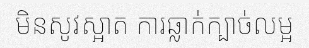
មិនសូវស្អាត ការឆ្លាក់ក្បាច់លម្អ